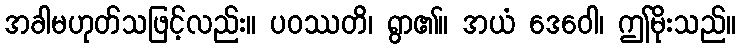
အခါမဟုတ်သဖြင့်လည်း။ ပဝဿတိ၊ ရွာ၏။ အယံ ဒေဝေါ၊ ဤမိုးသည်။